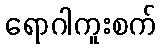
ရောဂါကူးစက်